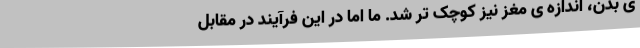
ی بدن، اندازه ی مغز نیز کوچک تر شد. ما اما در این فرآیند در مقابل